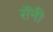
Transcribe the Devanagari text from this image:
रॉंनी